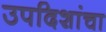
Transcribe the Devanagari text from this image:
उपदिशांचा